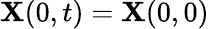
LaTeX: \mathbf{X}(0,t)=\mathbf{X}(0,0)